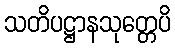
သတိပဋ္ဌာနသုတ္တေပိ